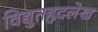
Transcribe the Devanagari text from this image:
विद्युतहृदलेख